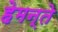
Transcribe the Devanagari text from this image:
हेमन्ते